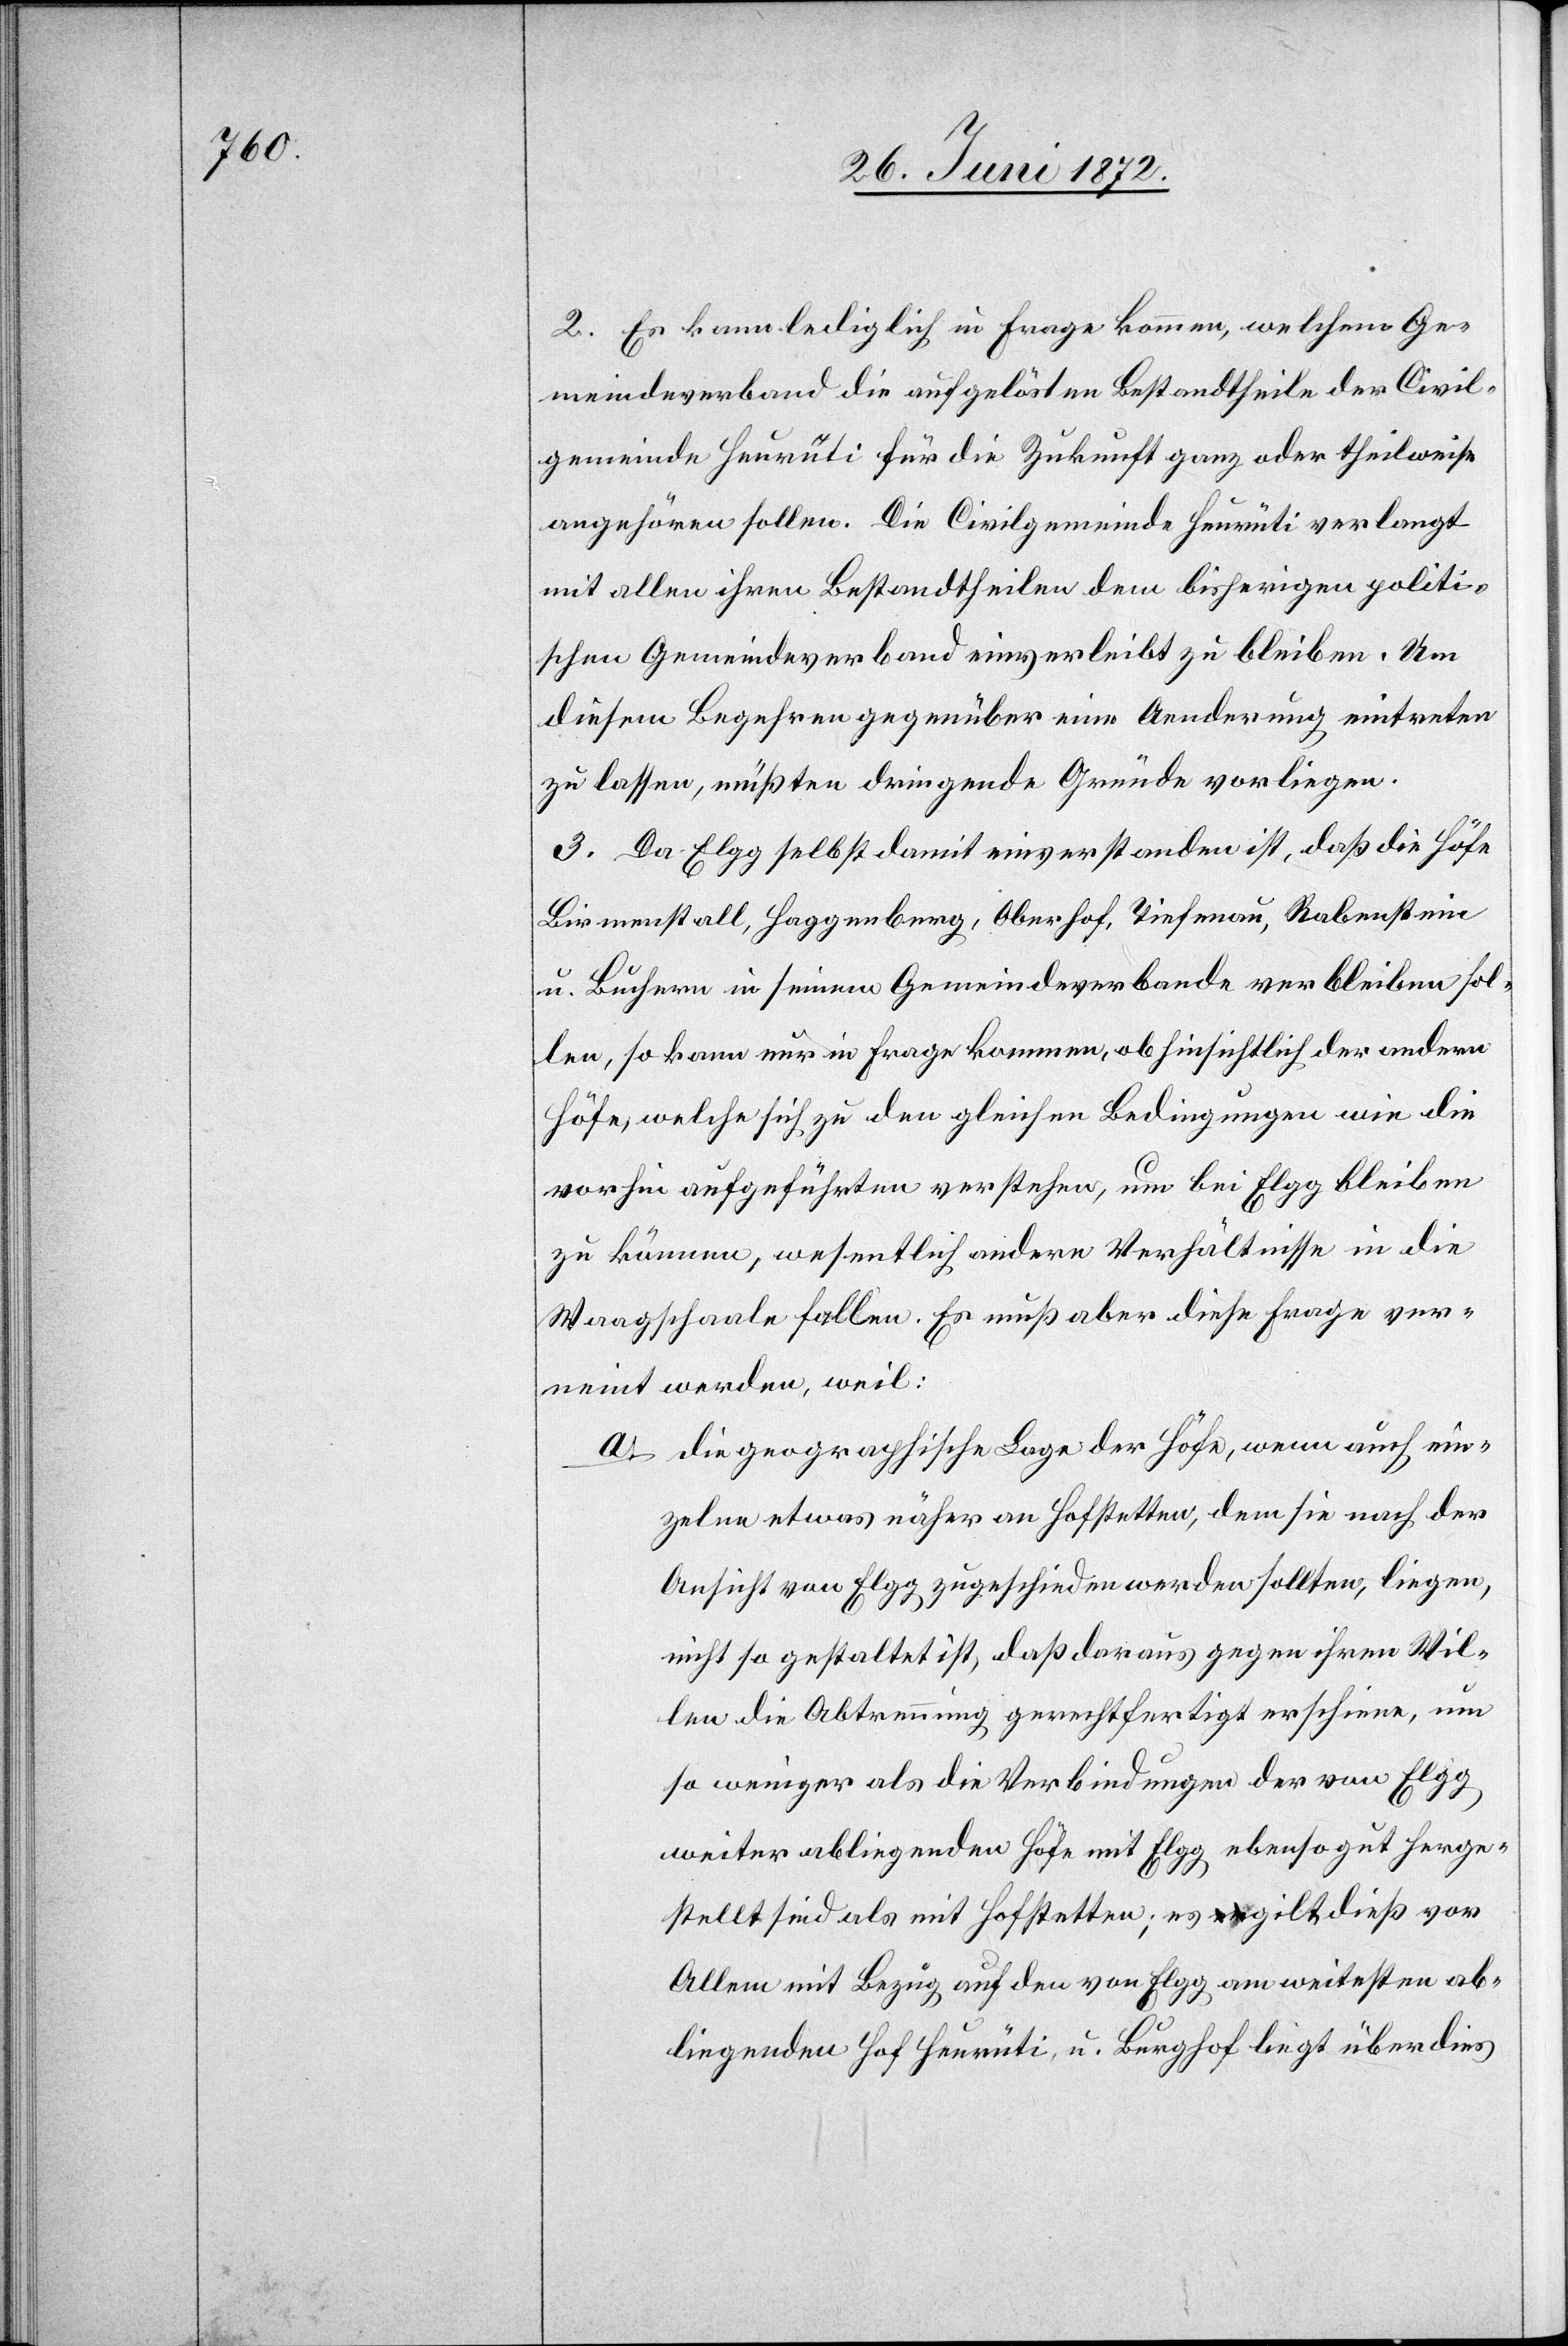
2. Es kann lediglich in Frage kommen, welchem Ge¬
meindeverband die aufgelösten Bestandtheile der Civil¬
gemeinde Heurüti für die Zukunft ganz oder theilweise
angehören sollen. Die Civilgemeinde Heurüti verlangt
mit allen ihren Bestandtheilen dem bisherigen politi¬
schen Gemeindeverband einverleibt zu bleiben. Um
diesem Begehren gegenüber eine Aenderung eintreten
zu lassen, müßten dringende Gründe vorliegen.
3. Da Elgg selbst damit einverstanden ist, daß die Höfe
Birmenstall, Haggenberg, Oberhof, Tiefenau, Rabenstein
u. Buchern in seinem Gemeindeverbande verbleiben sol¬
len, so kann nur in Frage kommen, ob hinsichtlich der andern
Höfe, welche sich zu den gleichen Bedingungen wie die
vorhin aufgeführten verstehen, um bei Elgg bleiben
zu können, wesentlich andere Verhältnisse in die
Waagschaale fallen. Es muß aber diese Frage ver¬
neint werden, weil:
a. die geographische Lage der Höfe, wenn auch ein¬
zelne etwas näher an Hofstetten, dem sie nach der
Ansicht von Elgg zugeschieden werden sollten, liegen,
nicht so gestaltet ist, daß daraus gegen ihren Wil¬
len die Abtrennung gerechtfertigt erschiene, um
so weniger als die Verbindungen der von Elgg
weiter abliegenden Höfe mit Elgg ebensogut herge¬
stellt sind als mit Hofstetten; es gilt dieß vor
Allem mit Bezug auf den von Elgg am weitesten ab¬
liegenden Hof Heurüti, u. Burghof liegt überdies